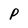
Character: P